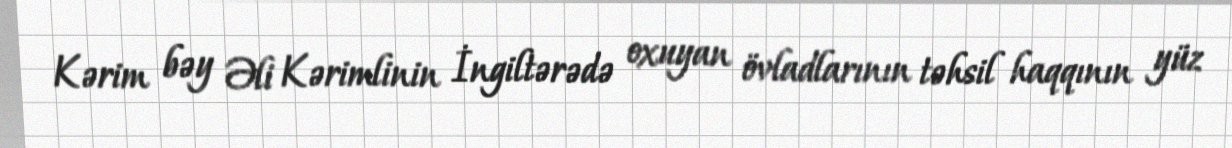
Kərim bəy Əli Kərimlinin İngiltərədə oxuyan övladlarının təhsil haqqının yüz